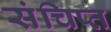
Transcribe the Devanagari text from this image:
संचिप्त